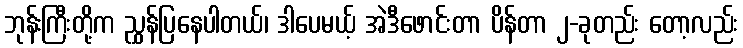
ဘုန်းကြီးတို့က ညွှန်ပြနေပါတယ်၊ ဒါပေမယ့် အဲဒီဖောင်းတာ ပိန်တာ ၂-ခုတည်း တော့လည်း